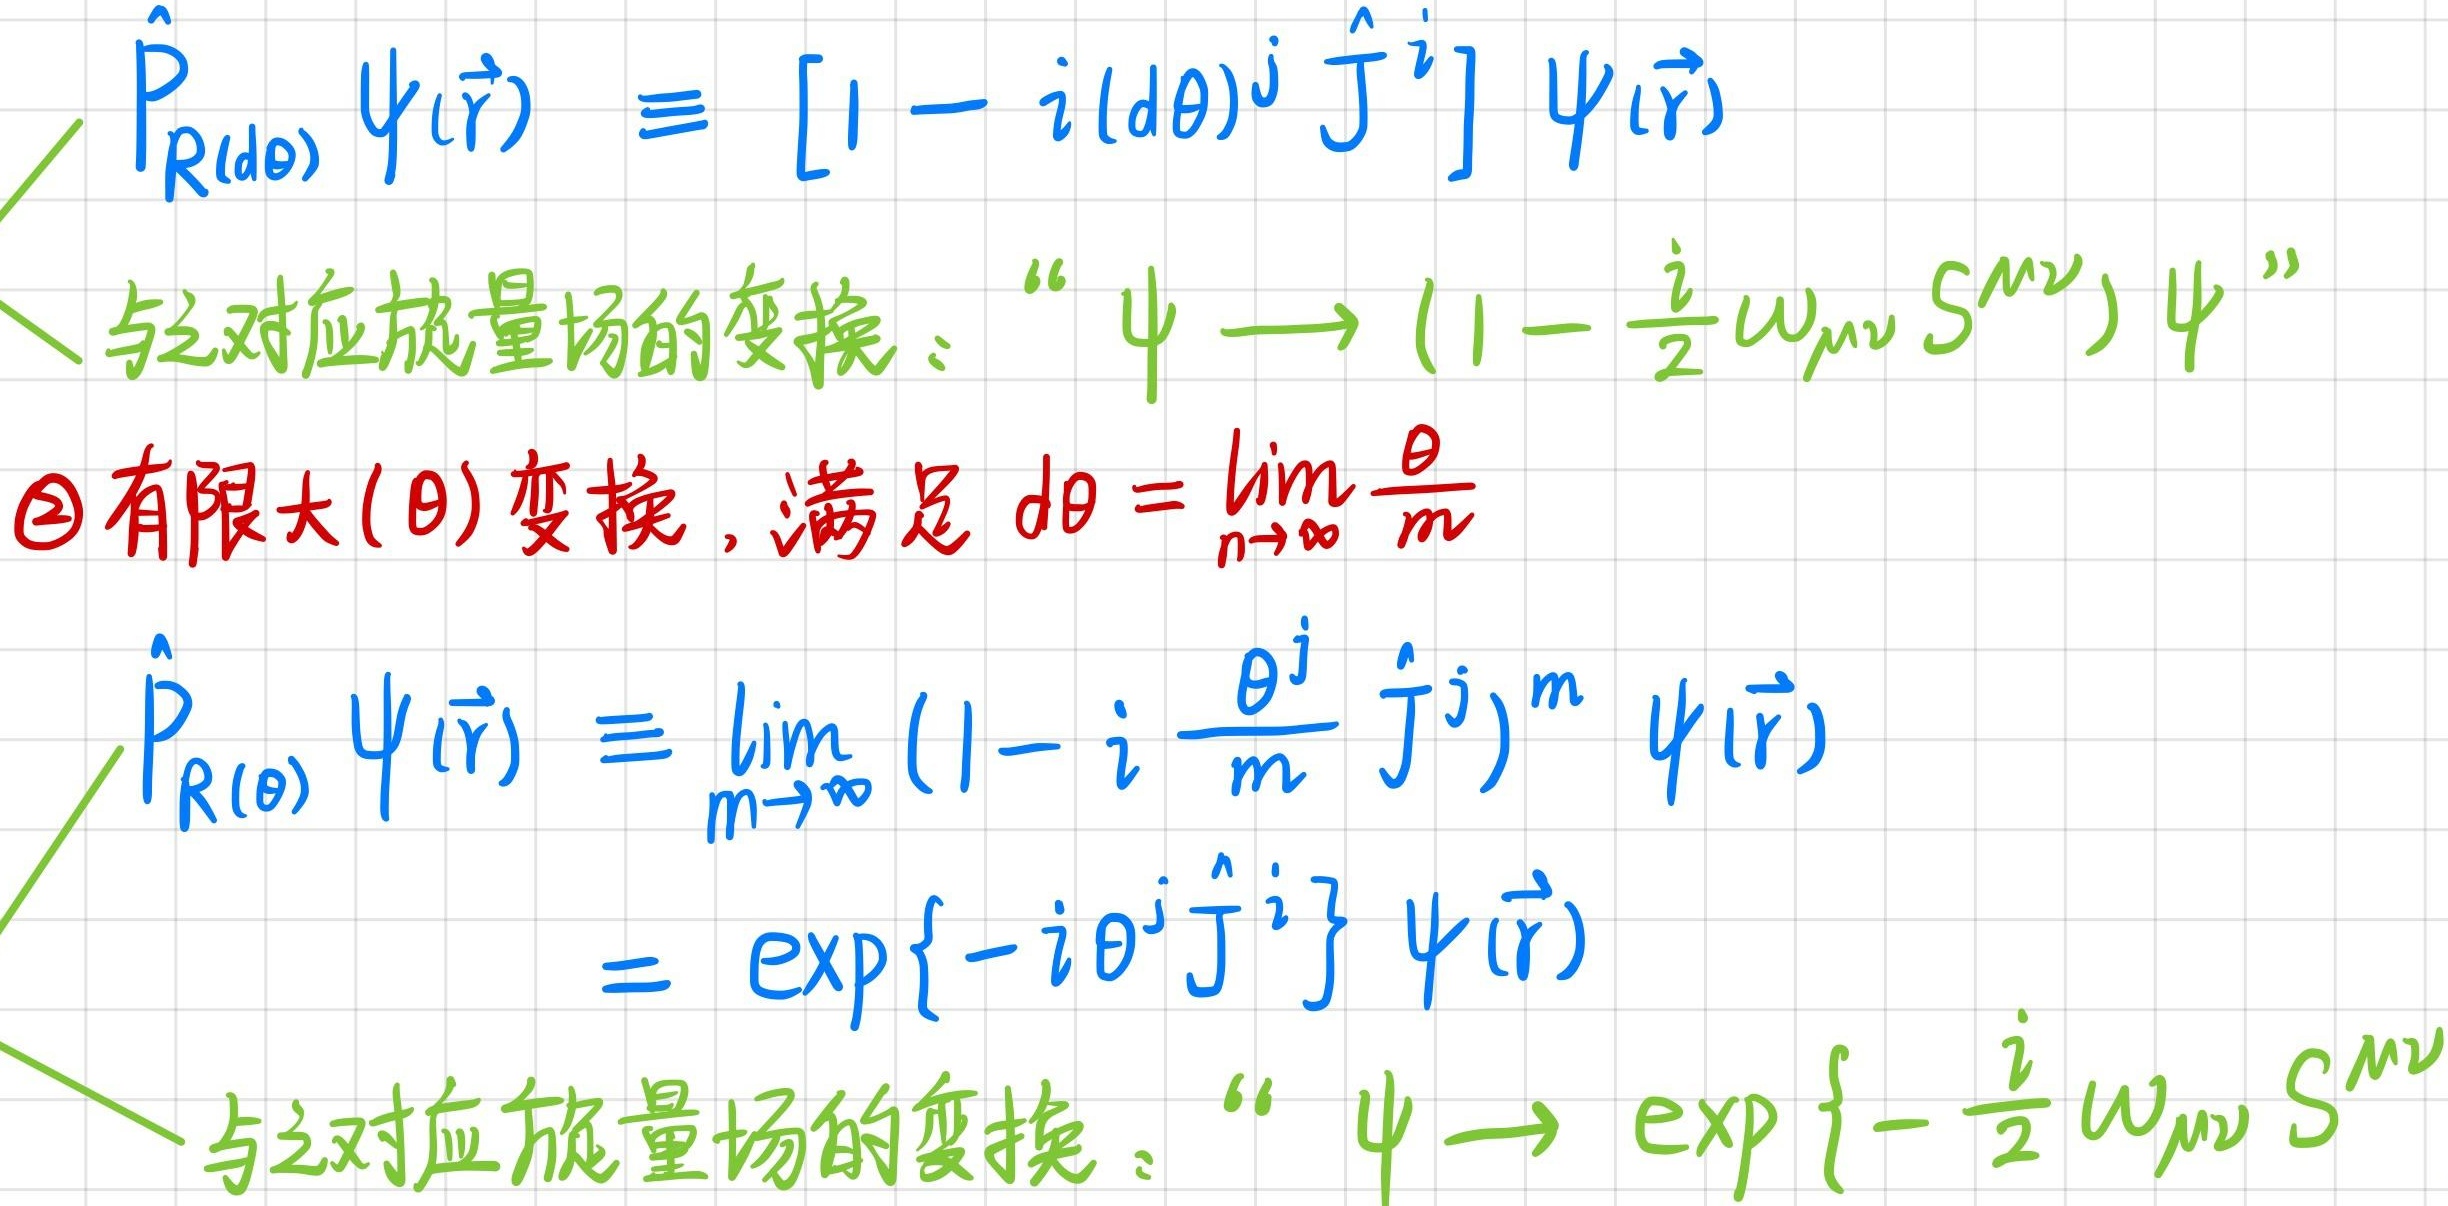
\[
\begin{align*}
\hat{P}_{R(d\theta)}\psi(\vec{r})&\equiv [1 - i(d\theta)^j \hat{J}^j]\psi(\vec{r})\\
&\text{与之对应旋量场的变换：“}\psi\longrightarrow(1 - \frac{i}{2}\omega_{\mu\nu}S^{\mu\nu})\psi\text{”}\\
&\text{\textcircled{2}有限大}(\theta)\text{变换，满足}d\theta = \lim_{n\rightarrow\infty}\frac{\theta}{m}\\
\hat{P}_{R(\theta)}\psi(\vec{r})&\equiv\lim_{m\rightarrow\infty}(1 - i\frac{\theta^j}{m}\hat{J}^j)^m\psi(\vec{r})\\
&=\exp\{-i\theta^j\hat{J}^j\}\psi(\vec{r})\\
&\text{与之对应旋量场的变换：“}\psi\longrightarrow\exp\{-\frac{i}{2}\omega_{\mu\nu}S^{\mu\nu}\}
\end{align*}
\]